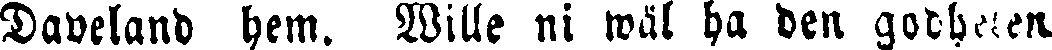
Daveland hem. Wille ni wäl ha den godheten.